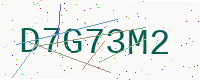
Text: D7G73M2